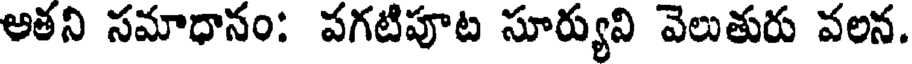
అతని సమాధానం: పగటిపూట సూర్యుని వెలుతురు వలన.